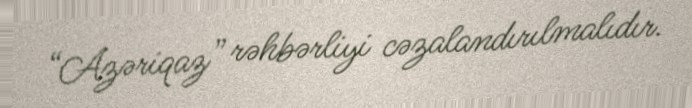
“Azəriqaz” rəhbərliyi cəzalandırılmalıdır.